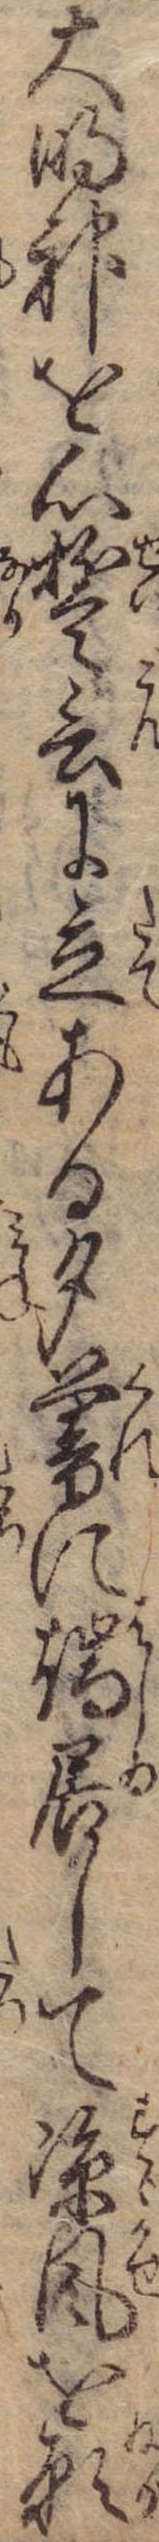
大明神を心誓言に立ある夕暮に端居して涼風を願